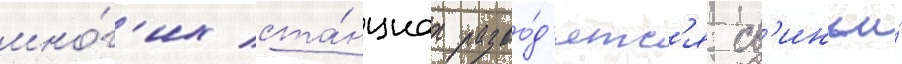
мно́г'их ста́нциах разво́д'ятс'я св'иньи́